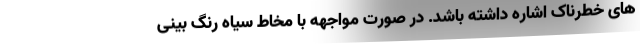
های خطرناک اشاره داشته باشد. در صورت مواجهه با مخاط سیاه رنگ بینی